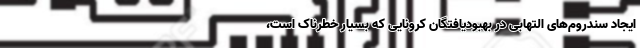
ایجاد سندروم‌های التهابی در بهبودیافتگان کرونایی که بسیار خطرناک است،